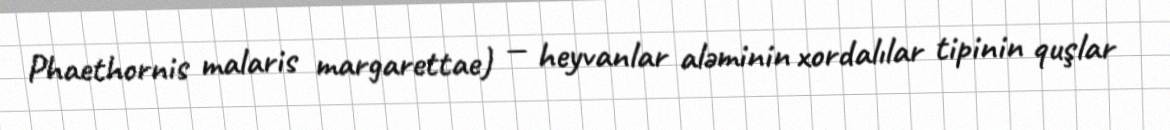
Phaethornis malaris margarettae) — heyvanlar aləminin xordalılar tipinin quşlar